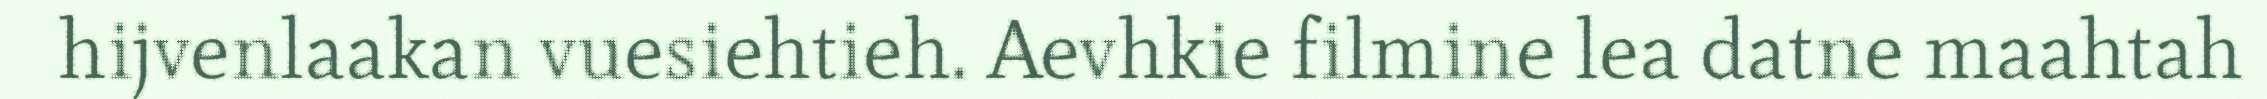
hijvenlaakan vuesiehtieh. Aevhkie filmine lea datne maahtah